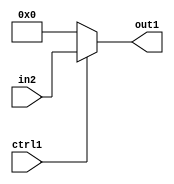
`timescale 1ps / 1ps
/*****************************************************************************
    Verilog RTL Description
    
    
    Created by: CellMath Designer 2019.1.01 
*******************************************************************************/

module sfu_out_buff_N_MuxB_320_2_8_4_0 (
	in2,
	ctrl1,
	out1
	); /* architecture "behavioural" */ 
input [319:0] in2;
input  ctrl1;
output [319:0] out1;
wire [319:0] asc001;

reg [319:0] asc001_tmp_0;
assign asc001 = asc001_tmp_0;
always @ (ctrl1 or in2) begin
	case (ctrl1)
		1'B1 : asc001_tmp_0 = in2 ;
		default : asc001_tmp_0 = 320'B00000000000000000000000000000000000000000000000000000000000000000000000000000000000000000000000000000000000000000000000000000000000000000000000000000000000000000000000000000000000000000000000000000000000000000000000000000000000000000000000000000000000000000000000000000000000000000000000000000000000000000000000000000000
    ;
	endcase
end

assign out1 = asc001;
endmodule

/* CADENCE  vLX2SQg= : u9/ySgnWtBlWxVPRXgAZ4Og= ** DO NOT EDIT THIS LINE ******/